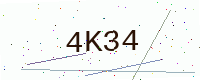
Text: 4K34